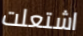
اشتعلت